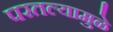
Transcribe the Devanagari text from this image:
परतल्यामुळे